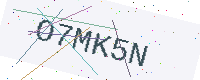
Text: O7MK5N